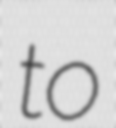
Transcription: to